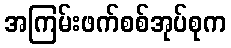
အကြမ်းဖက်စစ်အုပ်စုက